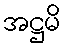
အဋ္ဌမိ